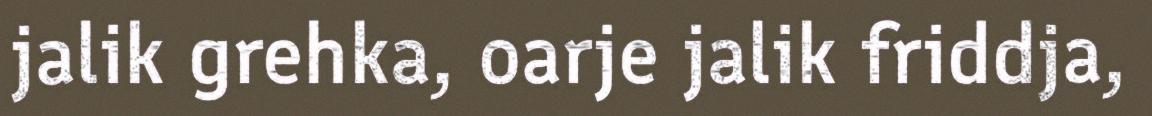
jalik grehka, oarje jalik friddja,